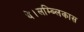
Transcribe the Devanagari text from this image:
थे।लम्ब्लिकास